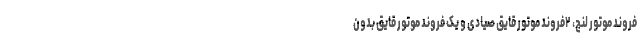
فروند موتور لنج، ۲فروند موتور قایق صیادی و یک فروند موتور قایق بدون